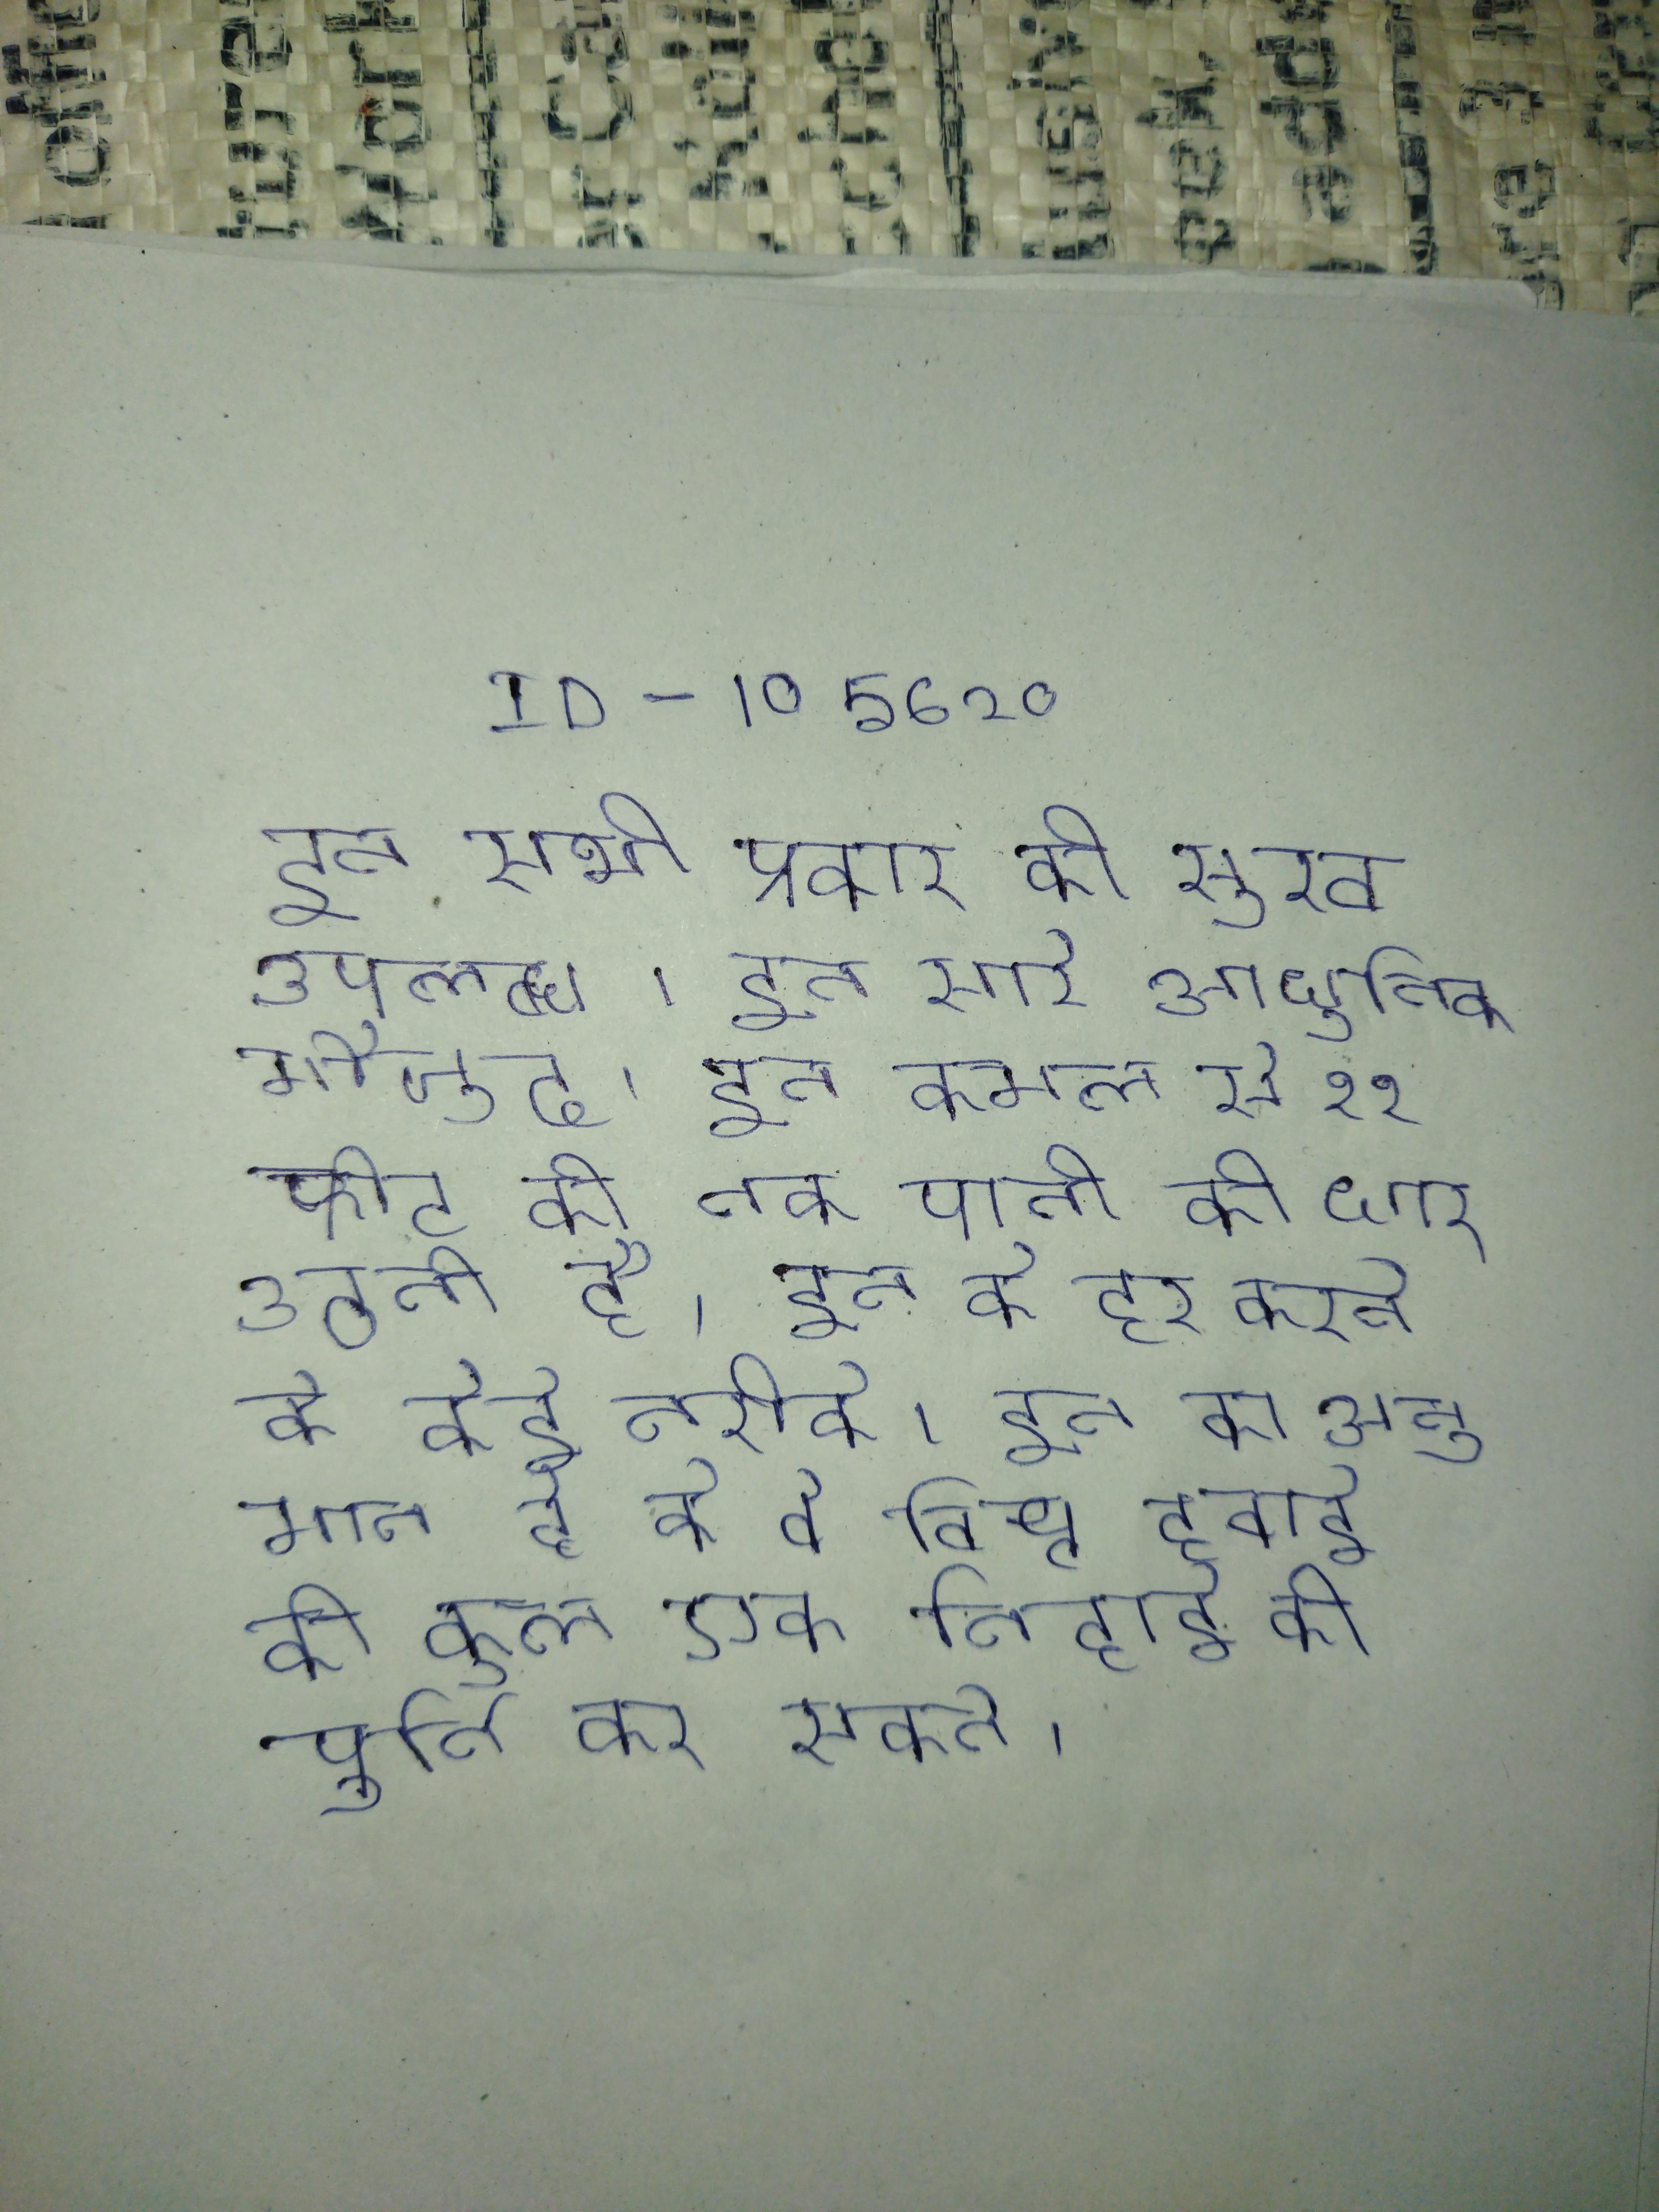
इन सभी प्रकार की सुख उपलब्ध । इन सारे आधुनिक मौजूद । इन कमल से १२ फीट की तक पानी की धार उठती है । इन को दूर करने के कई तरीके । इन का अनुमान है के वे विश्व हवाई की कुल आवश्यकता के लगभग एक तिहाई की पूर्ति कर सकते ।